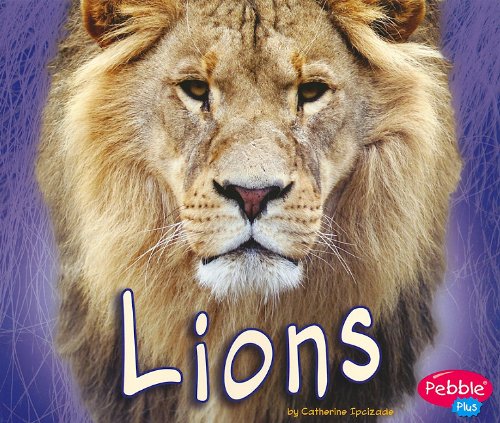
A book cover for Lions (African Animals); Catherine Ipcizade; Children's Books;